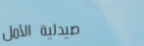
صيدلية الأمل